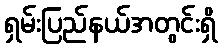
ရှမ်းပြည်နယ်အတွင်းရှိ